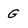
Character: g